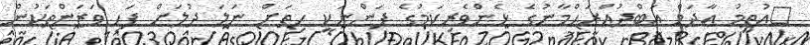
އުތީމު އާދަމް ޢަބްދުއްރަޙްމާނުގެ ޅެންވެރިކަމުގެ ފަންނަކީ ހިތަށް ނަލަ ދުލަށް ފަހި ވަޒަންތަކުން